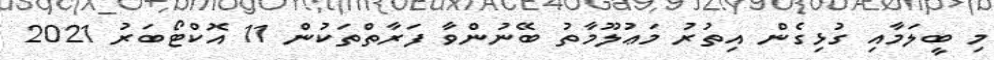
މި ބީލަމާއި ގުޅިގެން އިތުރު މަޢުލޫމާތު ބޭނުންވާ ފަރާތްތަކުން 11 އޮކްޓޯބަރު 2021